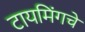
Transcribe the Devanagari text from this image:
टायमिंगचे